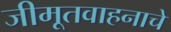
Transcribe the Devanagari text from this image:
जीमूतवाहनाचे